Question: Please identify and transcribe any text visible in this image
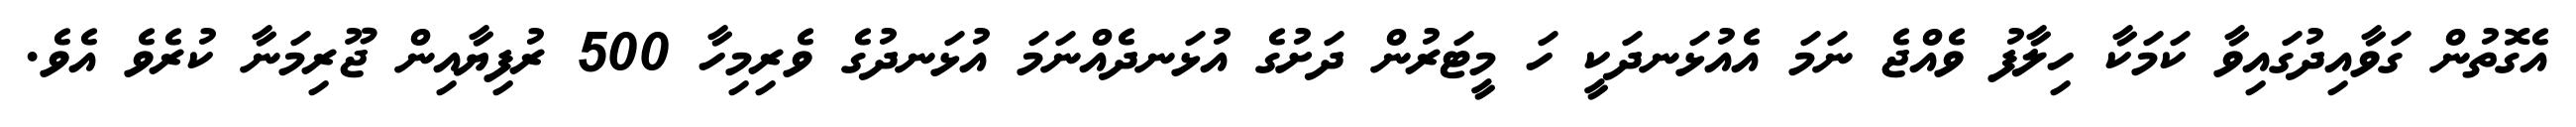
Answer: އެގޮތުން ގަވާއިދުގައިވާ ކަމަކާ ހިލާފު ވެއްޖެ ނަމަ އެއުޅަނދަކީ ހަ މީޓަރުން ދަށުގެ އުޅަނދެއްނަމަ އުޅަނދުގެ ވެރިމިހާ 500 ރުފިޔާއިން ޖޫރިމަނާ ކުރެވެ އެވެ.